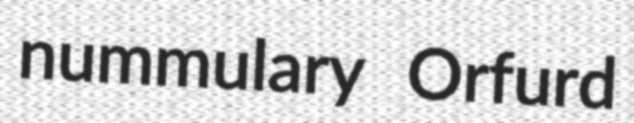
nummulary Orfurd